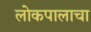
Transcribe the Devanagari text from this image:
लोकपालाचा